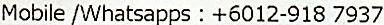
MOBILE /WHATSAPPS : +6012-918 7937